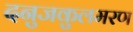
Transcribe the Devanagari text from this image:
दनुजकुलमरण